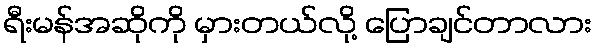
ရီးမန်အဆိုကို မှားတယ်လို့ ပြောချင်တာလား